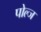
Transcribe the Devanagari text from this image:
पोल्ज